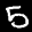
Label: 5